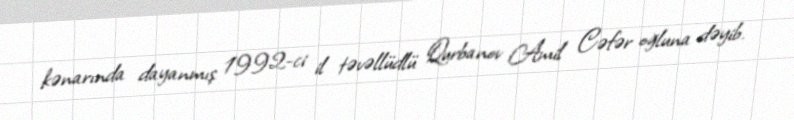
kənarında dayanmış 1992-ci il təvəllüdlü Qurbanov Amil Cəfər oğluna dəyib.